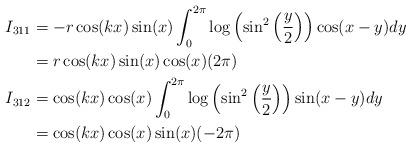
LaTeX: \begin{align*} I_{311} & = -r\cos(kx)\sin(x)\int_{0}^{2\pi}\log\left(\sin^{2}\left(\frac{y}{2}\right)\right)\cos(x-y)dy \\ & = r\cos(kx)\sin(x)\cos(x)(2\pi) \\I_{312} & = \cos(kx)\cos(x)\int_{0}^{2\pi}\log\left(\sin^{2}\left(\frac{y}{2}\right)\right)\sin(x-y)dy \\& = \cos(kx)\cos(x)\sin(x)(-2\pi) \\\end{align*}